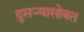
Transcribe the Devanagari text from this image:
दुसऱ्यासोबत